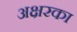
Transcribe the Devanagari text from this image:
अक्षरका